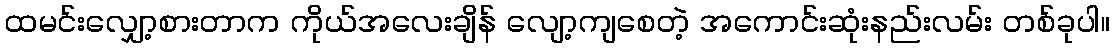
ထမင်းလျှော့စားတာက ကိုယ်အလေးချိန် လျော့ကျစေတဲ့ အကောင်းဆုံးနည်းလမ်း တစ်ခုပါ။